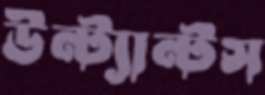
উন্ট্যান্টস